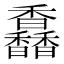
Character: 馫